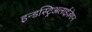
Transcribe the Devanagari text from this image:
इन्डस्ट्रिअलाईज़ेशन